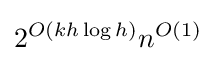
2^{O(kh\log {h})}n^{O(1)}